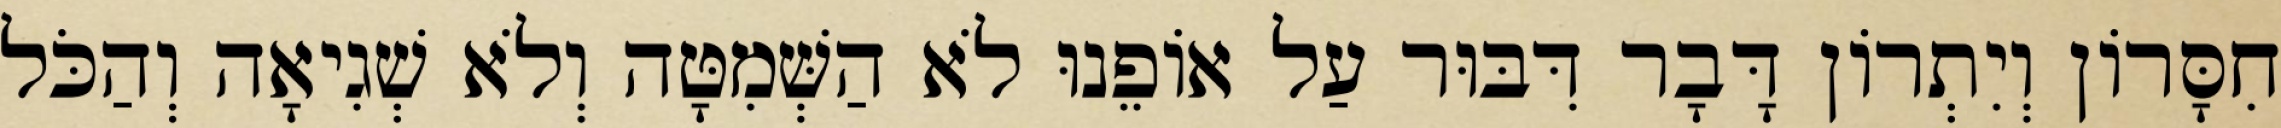
חִסָּרוֹן וְיִתְרוֹן דָּבָר דִּבּוּר עַל אוֹפֵנוּ לֹא הַשְּׁמִטָּה וְלֹא שְׁגִיאָה וְהַכֹּל